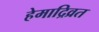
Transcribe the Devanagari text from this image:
हेमाद्रिव्रत